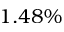
1 . 4 8 \%